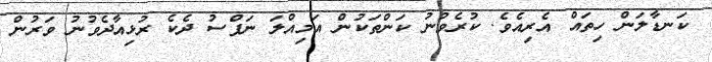
ކަނޑާލަން ހިތައް އެރިއެވެ. ކުރެވުނު ކަންތަކުން އަމިއްލަ ނަފްސު ދެކެ ރުޅިއާދެވުނު ވަރުން